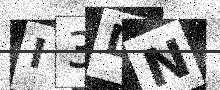
Text: I3DN